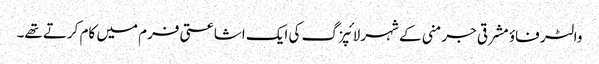
والٹر فاؤ مشرقی جرمنی کے شہر لائپزگ کی ایک اشاعتی فرم میں کام کرتے تھے۔